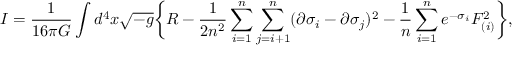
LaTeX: I = { \frac { 1 } { 1 6 \pi G } } \int d ^ { 4 } x \sqrt { - g } \biggl \{ R - { \frac { 1 } { 2 n ^ { 2 } } } \sum _ { i = 1 } ^ { n } \sum _ { j = i + 1 } ^ { n } ( \partial \sigma _ { i } - \partial \sigma _ { j } ) ^ { 2 } - { \frac { 1 } { n } } \sum _ { i = 1 } ^ { n } e ^ { - \sigma _ { i } } F _ { ( i ) } ^ { 2 } \biggr \} ,